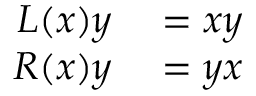
\begin{array} { r l } { L ( x ) y } & { { } = x y } \\ { R ( x ) y } & { { } = y x } \end{array}